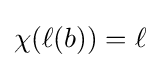
\chi ({\ell (b)})=\ell